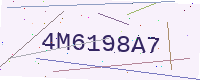
Text: 4M6198A7